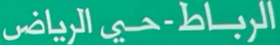
الرباط-حي الرياض